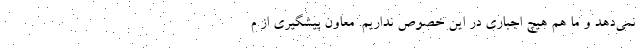
نمی‌دهد و ما هم هیچ اجباری در این خصوص نداریم. معاون پیشگیری از م